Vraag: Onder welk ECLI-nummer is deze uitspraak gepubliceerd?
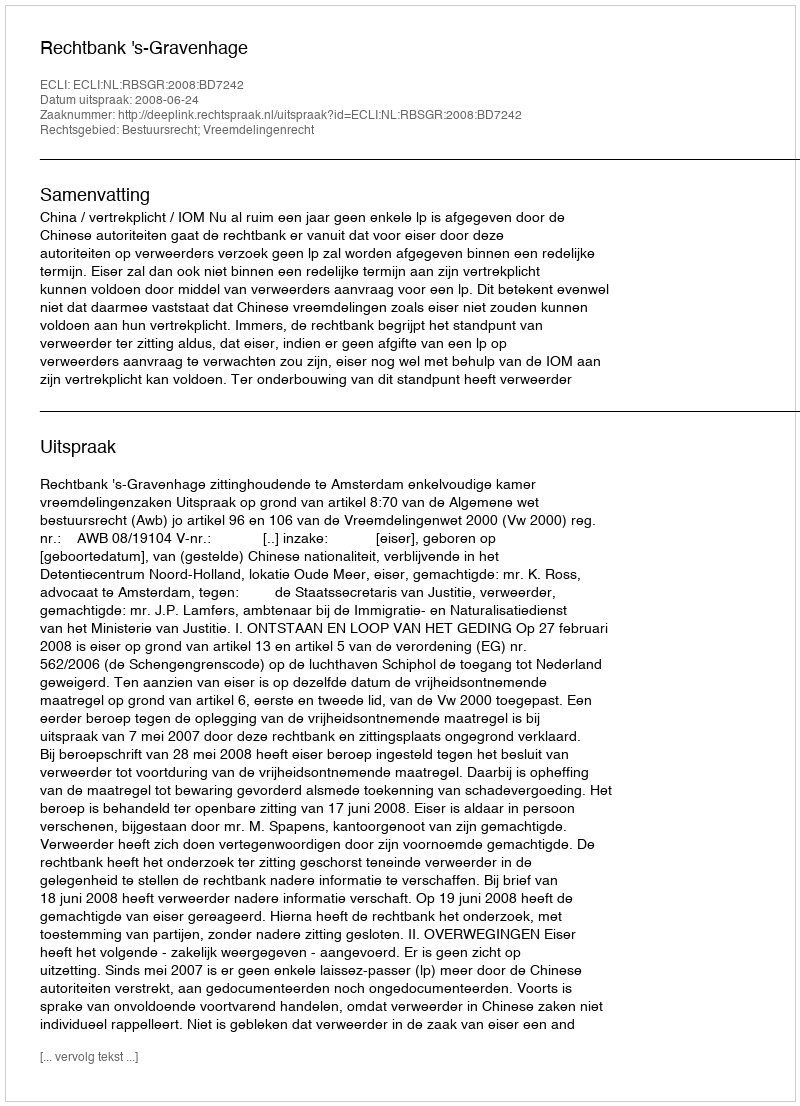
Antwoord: ECLI:NL:RBSGR:2008:BD7242